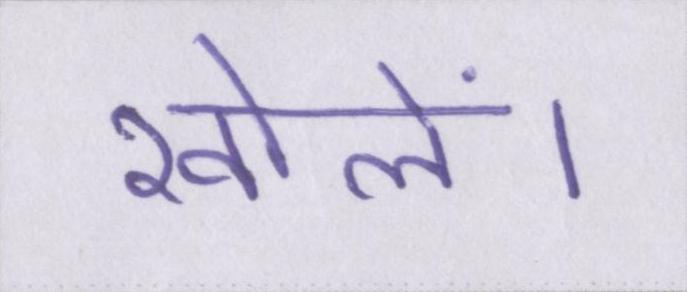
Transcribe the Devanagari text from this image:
खोलें।